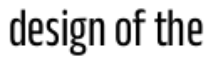
design of the